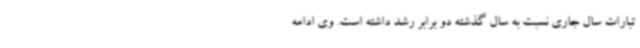
تبارات سال جاری نسبت به سال گذشته دو برابر رشد داشته است. وی ادامه